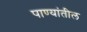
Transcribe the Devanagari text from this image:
पाण्यांतील